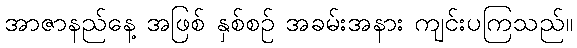
အာဇာနည်နေ့ အဖြစ် နှစ်စဉ် အခမ်းအနား ကျင်းပကြသည်။